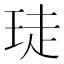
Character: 𮴙